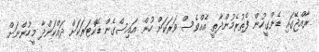
ރާއްޖޭގައި ޑެންގީހުން ފެތުރެމުންދާތީ އެއްވެސް ވަރަކަށް ހުން އައިސްގެން ޑޮކްޓަރަކަށް ދައްކަންދާ މީހުންނަށް